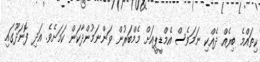
ކިތައްމެ ބިރެއް ދެއްކި ނަމަވެސް އެމްޑީޕީއަށް މެމްބަރުން ވަންނަމުންދާކަން ކަމަށެވެ. އަދި ފޮނަދޫގައި